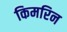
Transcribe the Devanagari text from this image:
किमरिन